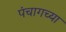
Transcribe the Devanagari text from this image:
पंचागच्या